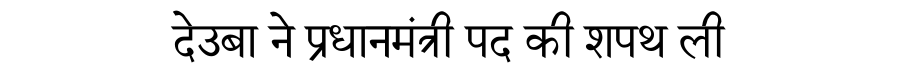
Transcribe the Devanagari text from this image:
देउबा ने प्रधानमंत्री पद की शपथ ली